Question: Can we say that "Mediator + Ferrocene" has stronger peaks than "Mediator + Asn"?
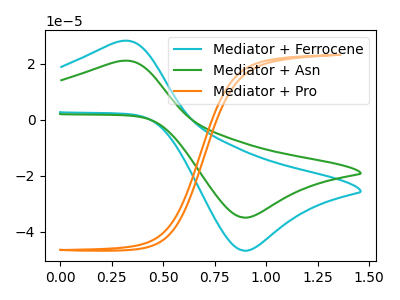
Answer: <think>The cyan curve "Mediator + Ferrocene" has an anodic peak at (0.30V, 28.05uA) and a cathodic peak at (0.90V, -46.75uA). The green curve "Mediator + Asn" has an anodic peak at (0.30V, 20.95uA) and a cathodic peak at (0.90V, -34.95uA). The orange curve "Mediator + Pro" has no peaks.</think>
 <answer>Every peak in "Mediator + Ferrocene" is higher than every peak in "Mediator + Asn".</answer>
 <eval>higher</eval>